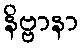
နိဗ္ဗာနာ